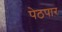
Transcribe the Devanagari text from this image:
पेठपार